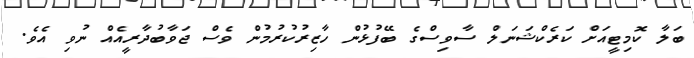
ބަލާ ކޮމިޓީއަށް ކަރެކްޝަނަލް ސާވިސްގެ ބޭފުޅުން ހާޒިރުކުރުމުން ވެސް ޖަވާބުދާރީއެއް ނުވި އެވެ.